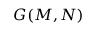
G ( M , N )